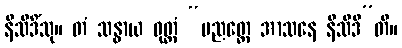
နိသီဒိံသု။ တံ သန္ဓာယ ဝုတ္တံ “ပညတ္တေ အာသနေ နိသီဒီ”တိ။